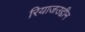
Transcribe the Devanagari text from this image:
रियाजउद्दीन